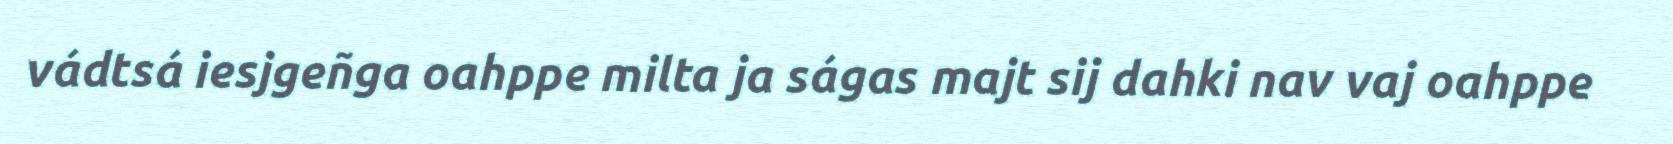
vádtsá iesjgeñga oahppe milta ja ságas majt sij dahki nav vaj oahppe